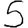
Digit: 5